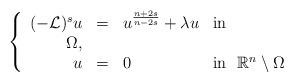
LaTeX: \begin{align*} \left\{\begin{array}{rcll}(- \mathcal{L})^s u & = & u^{\frac{n+2s}{n-2s}} + \lambda u & \mathrm{in} \\ \Omega, \\u & = & 0 & \mathrm{in} \ \ \mathbb{R}^n \setminus \Omega\end{array}\right.\end{align*}